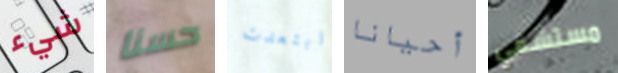
شيء حسنا ابتعدت أحيانا مستشفي